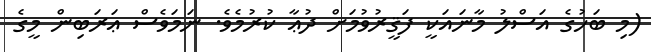
(މި ބަހުގެ އަސްލު މާނައަކީ ފަޤީރުވުމަށް ދުޢާ ކުރުމެވެ. ނަމަވެސް ޢަރަބިން މީގެ